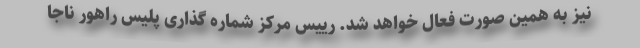
نیز به همین صورت فعال خواهد شد. رییس مرکز شماره گذاری پلیس راهور ناجا